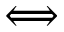
\Longleftrightarrow